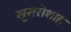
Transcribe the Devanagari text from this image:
खुसरोशाह